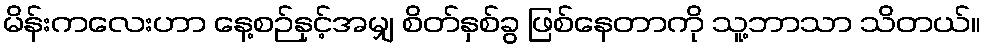
မိန်းကလေးဟာ နေ့စဉ်နှင့်အမျှ စိတ်နှစ်ခွ ဖြစ်နေတာကို သူ့ဘာသာ သိတယ်။